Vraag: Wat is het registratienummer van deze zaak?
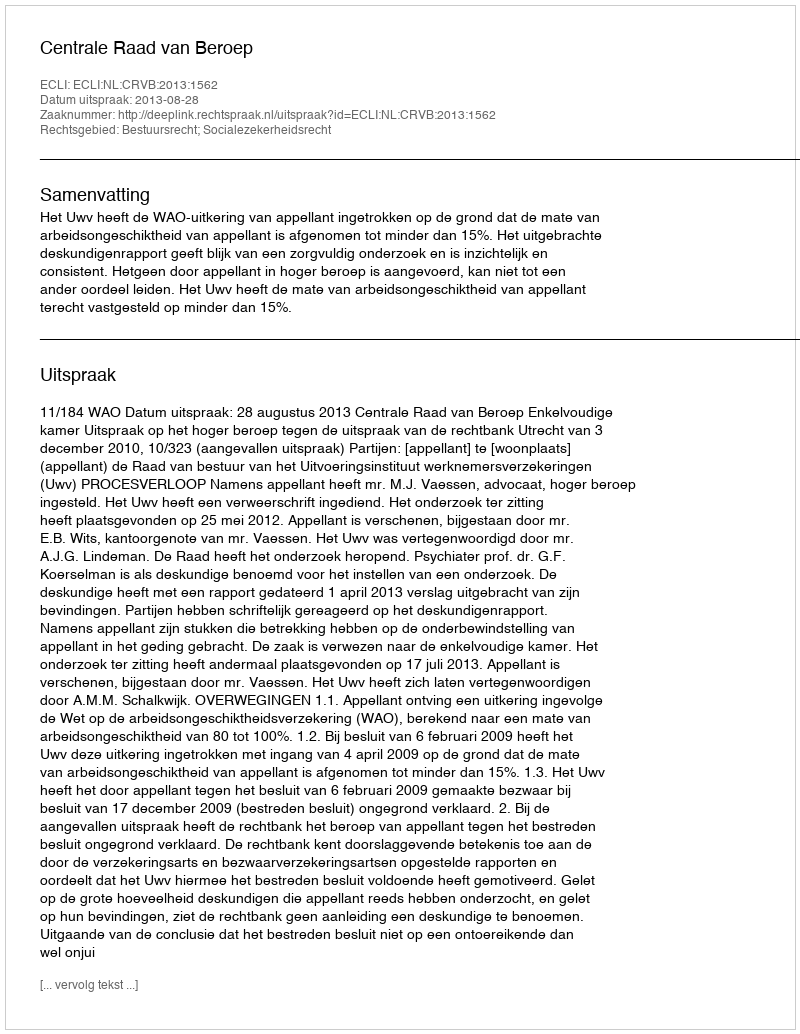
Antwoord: http://deeplink.rechtspraak.nl/uitspraak?id=ECLI:NL:CRVB:2013:1562